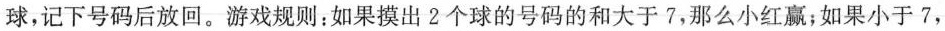
球，记下号码后放回。游戏规则；如果摸出2个球的号码的和大于7，